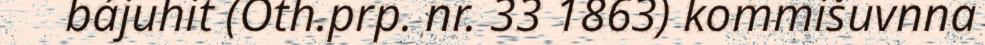
bájuhit (Oth.prp. nr. 33 1863) kommišuvnna